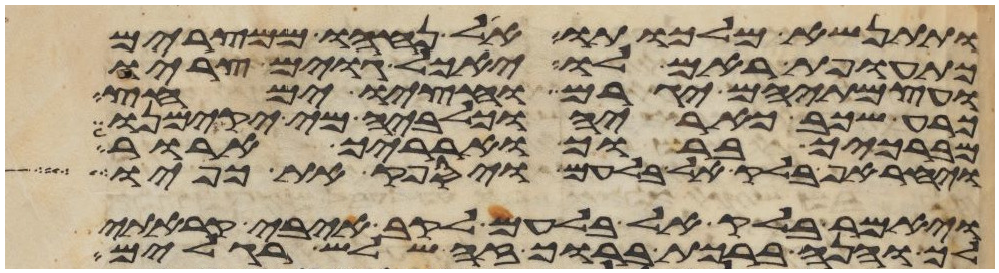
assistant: ותתנשא מלכותו אל נחהו ממצרים
כתועפת ראם לו יאכל גוים צריו
ועצמתיהם יגרם וחציו ימחץ
כרע שכב כאריה וכלביה מי יקימנו
מברכיך ברוך וארריך ארור
ויחר אף בלק אל בלעם ויספק את כפיו
ויאמר בלק אל בלעם לקב איבי קראתי
לך והנה ברכת ברוך זה שלש רגלים